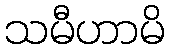
သမီဟာမိ